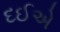
દઈએ